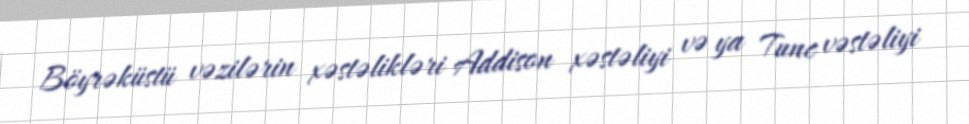
Böyrəküstü vəzilərin xəstəlikləri Addison xəstəliyi və ya Tunc vəstəliyi